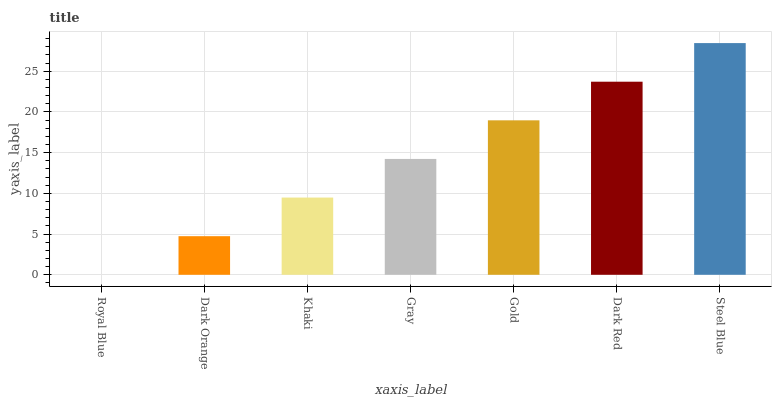
| xaxis_label | bars |
 | --- | --- |
 | Royal Blue | 0 |
 | Dark Orange | 4.74 |
 | Khaki | 9.48 |
 | Gray | 14.2 |
 | Gold | 19 |
 | Dark Red | 23.7 |
 | Steel Blue | 28.4 |